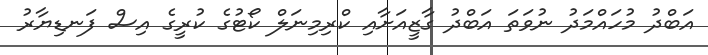
އަބްދު މުހައްމަދު ނުވަތަ އަބްދު ގާޒީއަށާއި ކްރިމިނަލް ކޯޓުގެ ކުރީގެ އިސް ފަނޑިޔާރު